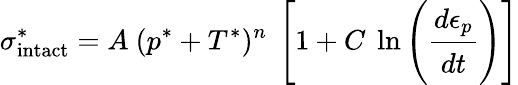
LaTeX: \sigma_{\mathrm{{intact}}}^{*}=A~(p^{*}+T^{*})^{n}~\left[1+C~\ln\left({\cfrac{d\epsilon_{p}}{dt}}\right)\right]